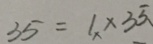
3 5 = 1 \times 3 5